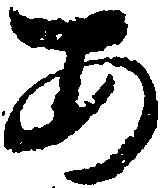
あ